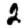
Digit: 2